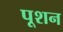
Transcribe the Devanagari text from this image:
पूशन